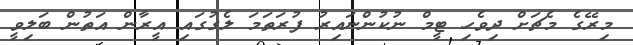
މިރޭގެ މެޗަށް ދިވެހި ޓީމް ނުކުންނައިރު ފުރަތަމަ ލެގުގައި އީރާން އަތުން ބަލިވީ